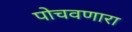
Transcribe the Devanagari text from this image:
पोचवणारा